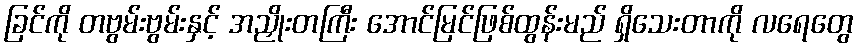
ခြင်ကို တဗွမ်းဗွမ်းနှင့် အညှိုးတကြီး အောင်မြင်ဖြစ်ထွန်းမည် ရှိသေးတာကို လရေတွေ